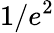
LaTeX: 1/e^{2}